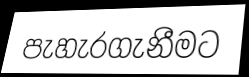
පැහැරගැනීමට